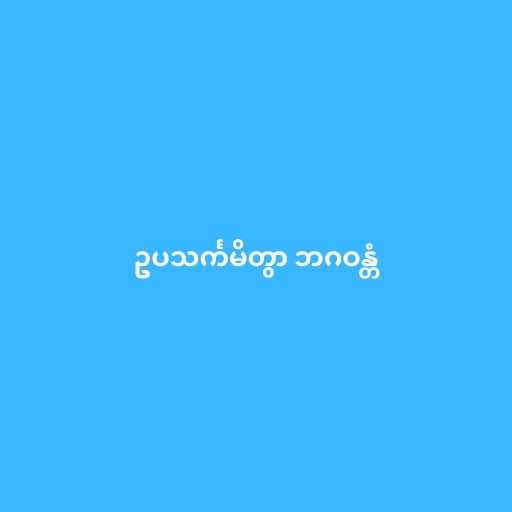
ဥပသင်္ကမိတွာ ဘဂဝန္တံ